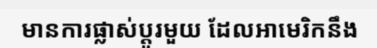
មានការផ្លាស់ប្តូរមួយ ដែលអាមេរិកនឹង